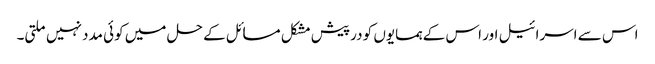
اس سے اسرائیل اور اس کے ہمسایوں کو درپیش مشکل مسائل کے حل میں کوئی مدد نہیں ملتی۔